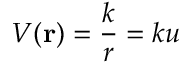
V ( \mathbf { r } ) = { \frac { k } { r } } = k u